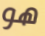
هو